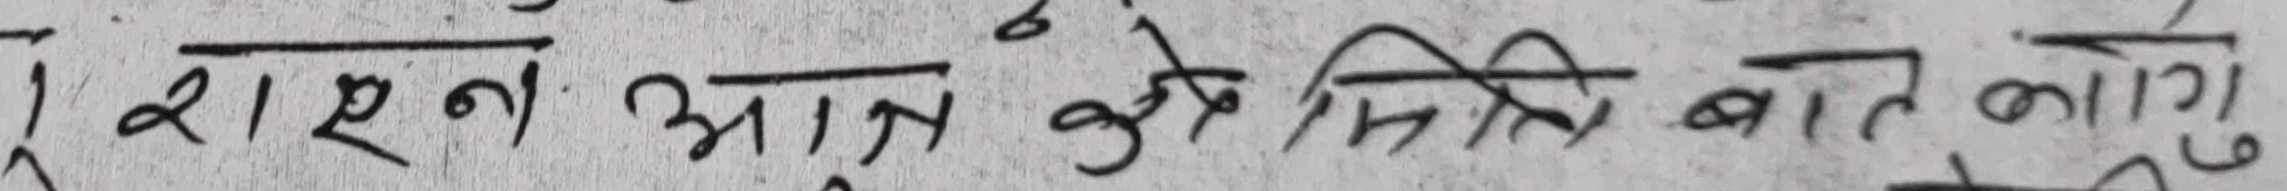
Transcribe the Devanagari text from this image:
रशल आज केति मिति बाहेक लोग्‌